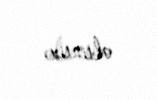
olunur.